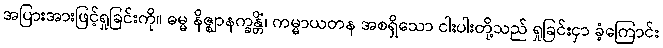
အပြားအားဖြင့်ရှုခြင်းကို။ ဓမ္မ နိဇ္ဈာနက္ခန္တိံ၊ ကမ္မာယတန အစရှိသော ငါးပါးတို့သည် ရှုခြင်းငှာ ခံ့ကြောင်း